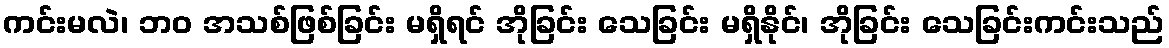
ကင်းမလဲ၊ ဘဝ အသစ်ဖြစ်ခြင်း မရှိရင် အိုခြင်း သေခြင်း မရှိနိုင်၊ အိုခြင်း သေခြင်းကင်းသည်